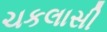
ચકલાસી